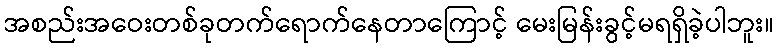
အစည်းအဝေးတစ်ခုတက်ရောက်နေတာကြောင့် မေးမြန်းခွင့်မရရှိခဲ့ပါဘူး။